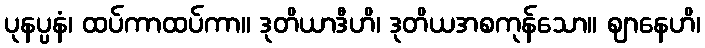
ပုနပ္ပနံ၊ ထပ်ကာထပ်ကာ။ ဒုတိယာဒီဟိ၊ ဒုတိယအစကုန်သော။ ဈာနေဟိ၊